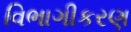
વિભાગીકરણ